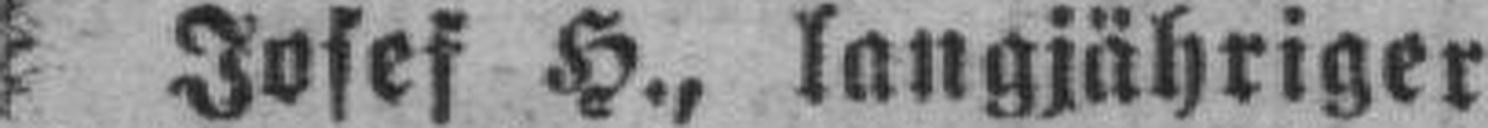
Josef H., langjähriger